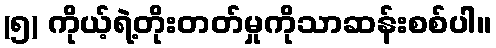
(၅) ကိုယ့်ရဲ့တိုးတတ်မှုကိုသာဆန်းစစ်ပါ။